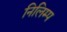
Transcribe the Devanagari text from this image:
निलिम्प